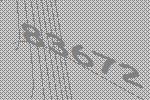
83672